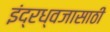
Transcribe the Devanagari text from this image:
इंद्रध्वजासाठी